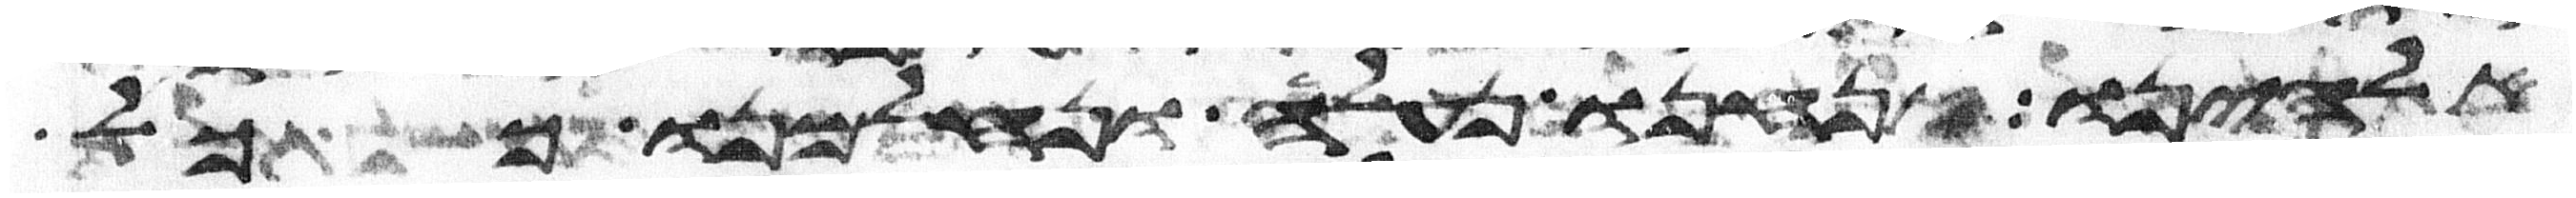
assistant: אלהינו אנחנו נעלה ונלחמנו ככל